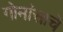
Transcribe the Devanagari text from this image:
गोमांसाचे